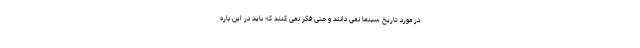
در مورد تاریخ سینما نمی دانند و حتی فکر نمی کنند که باید در این باره